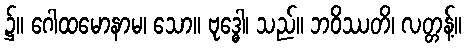
၌။ ဂေါထမောနာမ၊ သော။ ဗုဒ္ဓေါ၊ သည်။ ဘဝိဿတိ၊ လတ္တန့်။